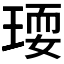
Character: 𤧋